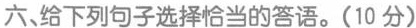
六、给下列句子选择恰当的答语。(10 分)